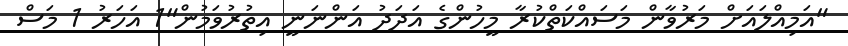
"އަމިއްލައަށް މަރުވާން މަސައްކަތްކުރާ މީހުންގެ އަދަދު އަންނަނީ އިތުރުވަމުންް"1 އަހަރު 1 މަސް